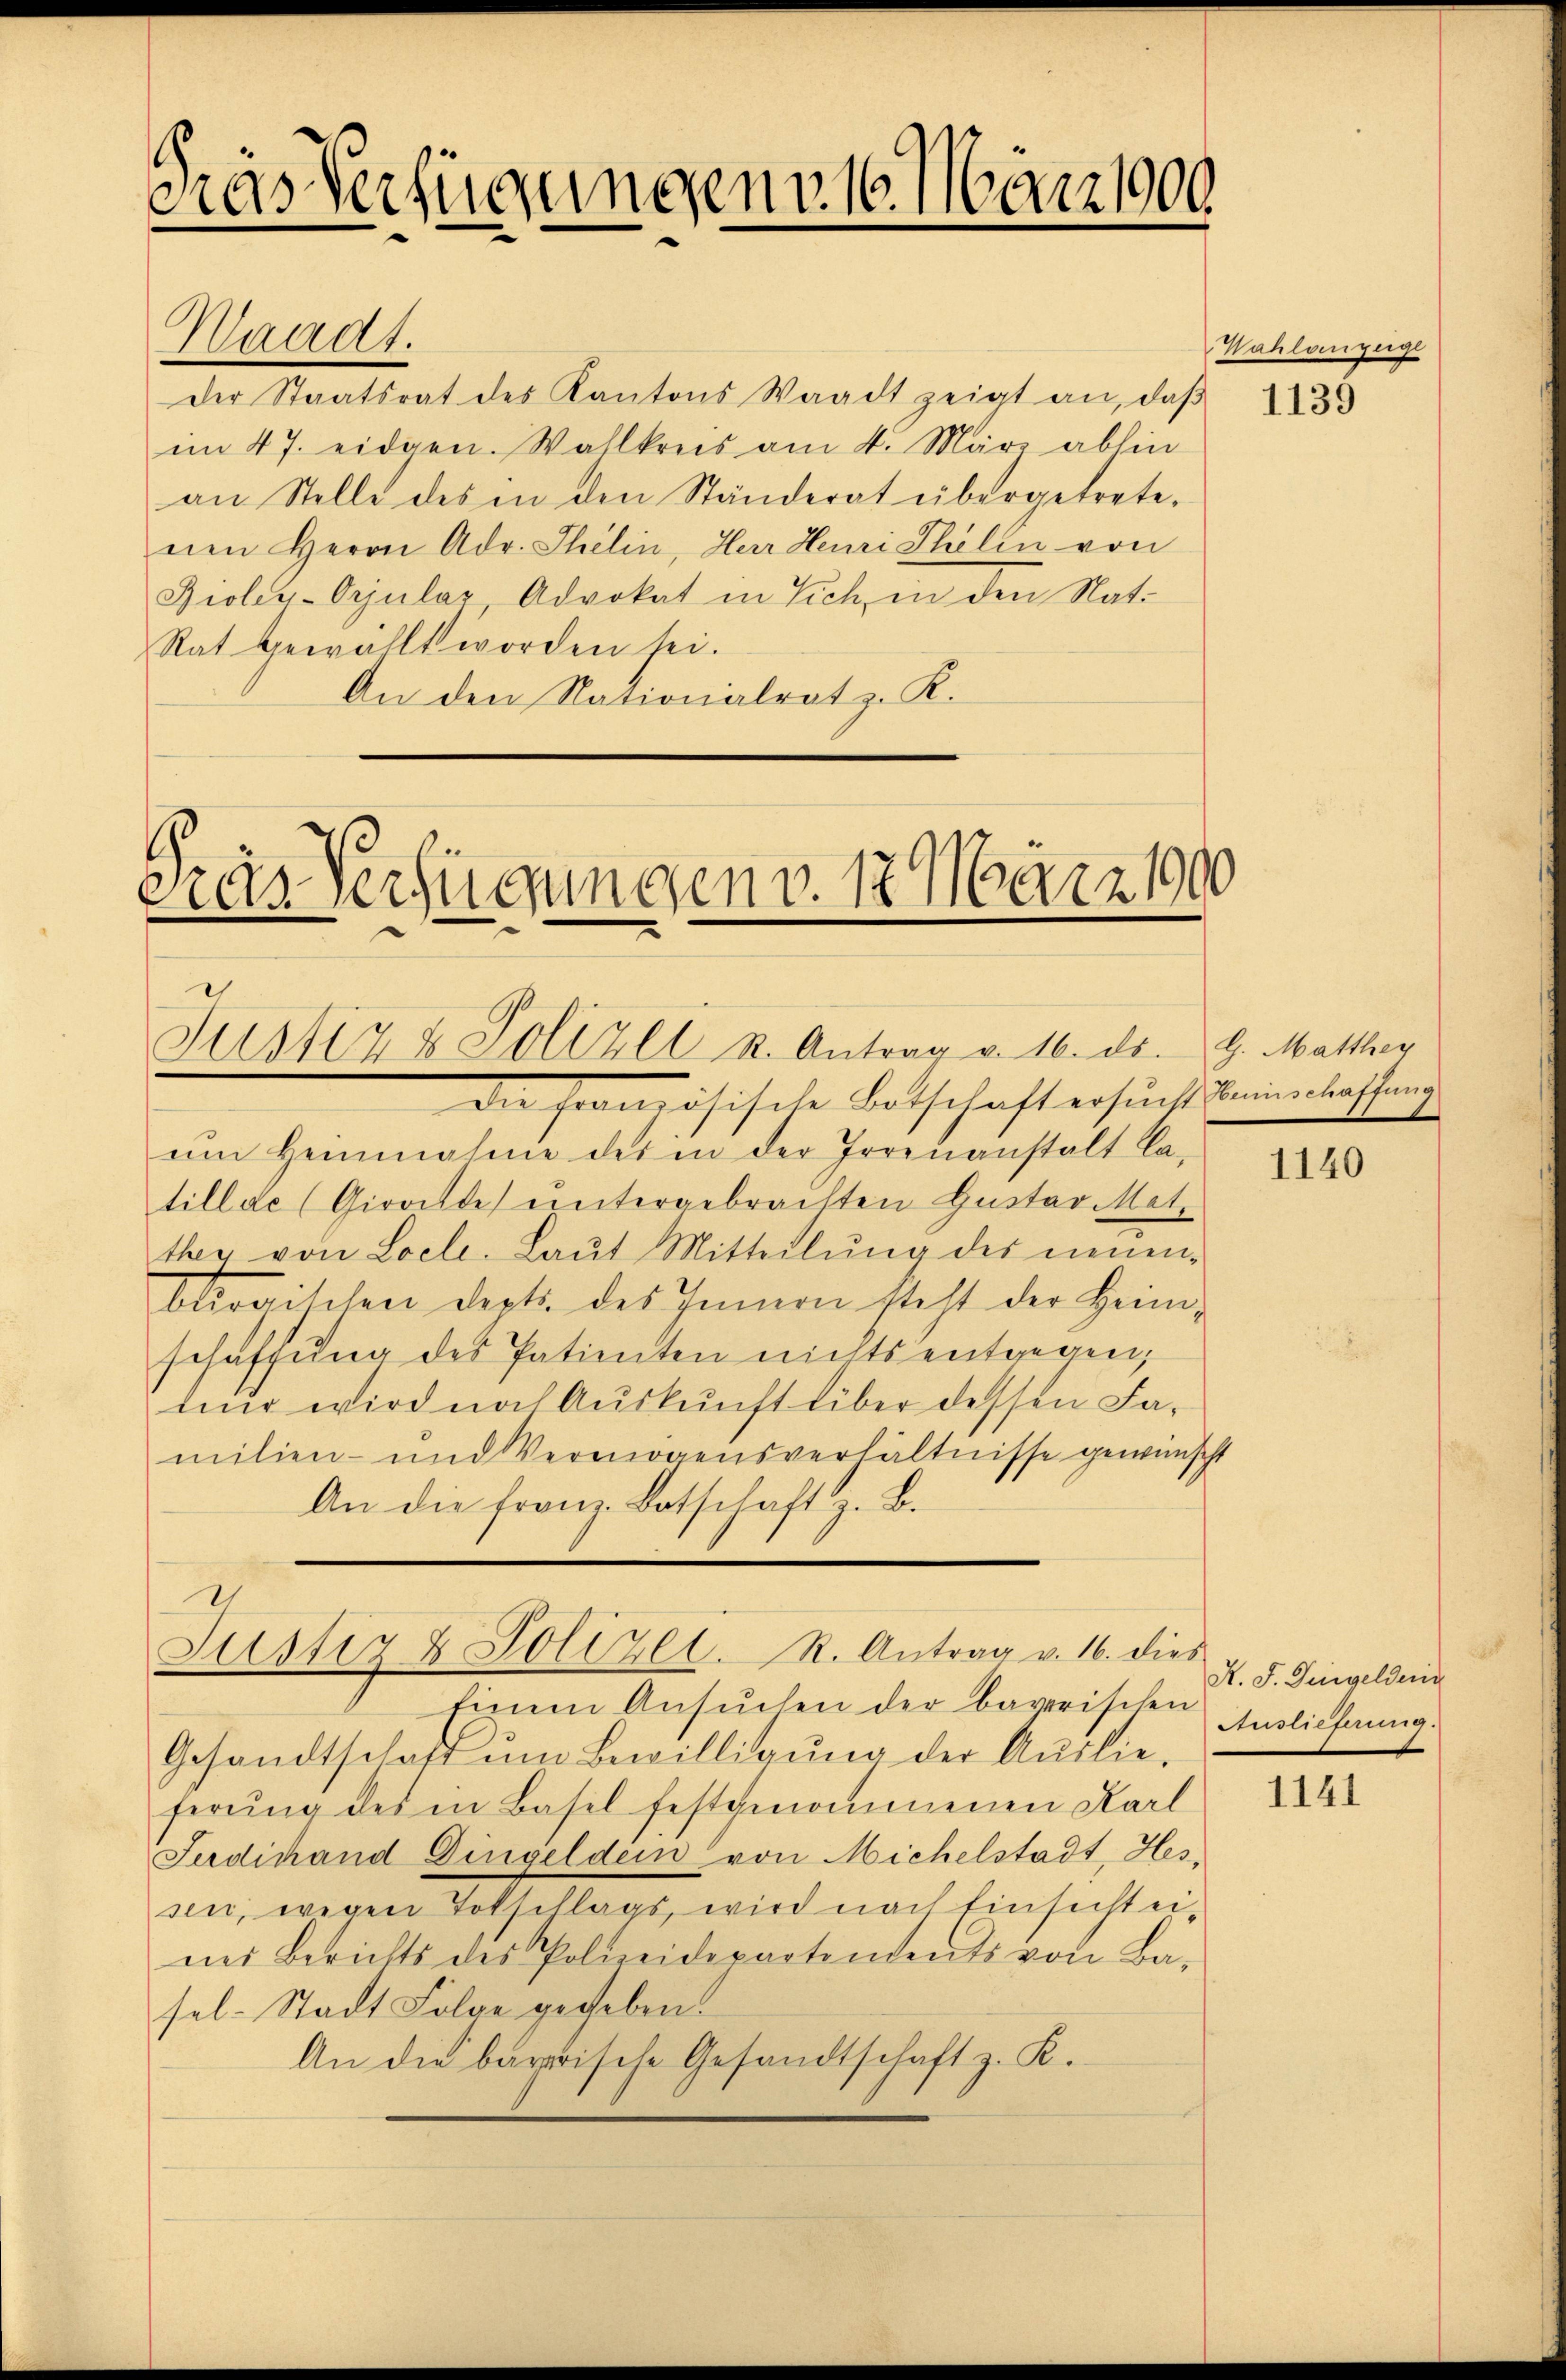
Gras Verfügungen v. 16. März 1900

Waadt.
der Staatsrat des Kantons Waadt zeigt an, daβ
im 47. eidgen. Wahlkreis am 4. März abhin
an Stelle des in den Ständerat übergetrete.
nen Herrn Adr. Thelin, Herr Heuri Thälin von
Bioley-Orjular, Advokat in Sich in den Nat.
Rat gewählt worden sei.
An den Nationalrat z. K.

Prar Verfügungen v. 12. März 1900

Justiz & Polizei u. Antrag v. 16. ds. 9. Matthar

die Französische Botschaft ersucht einen lassung
um Heinnahme des in der Irrenanstalt la-
till de (Giralte untergebrachten Gustav Mat-
ther von Loele. Laut Mitteilŭng des neuen-
bliraischen dept. des Innern steht der Heim-
schaffung des Patienten nichts entgegen,
nur wird nach Auskunft über dessen Familien- und Vermögensverhältnisse gewünscht
An die franz. Botschaft z. B.

I
Justiz & Polizei. R. Antrag v. 16. dies

Einem Ansŭchen der barerischen
Gesandtschaft ŭm Bewilligŭng der Auslie-
ferŭng des in Basel festgenommenen Karl
Ferdinand Dingelden von Michelstadt, Hes
sen, wegen Totschlags, wird nach Einsicht eines Berichts des Polizeidepartements von Basel. Stadt Folge gegeben.
An die barerische Gesandtschaft z. K.

Nahlanzeige

1139

1140

A. J. Fingelderin
Auslieferung.

1141